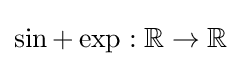
\sin +\exp :\mathbb {R} \to \mathbb {R}